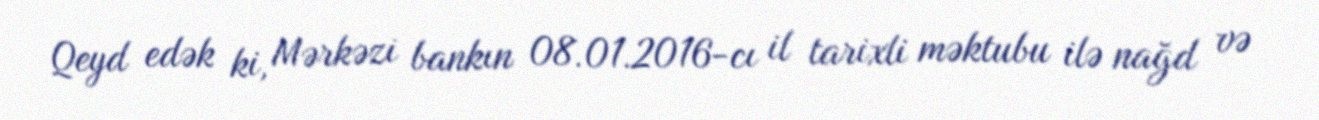
Qeyd edək ki, Mərkəzi bankın 08.01.2016-cı il tarixli məktubu ilə nağd və